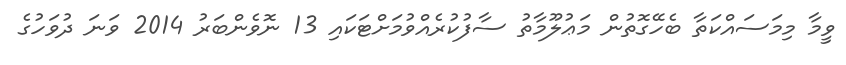
ވީމާ މިމަސައްކަތާ ބެހޭގޮތުން މަޢުލޫމާތު ސާފުކުރެއްވުމަށްޓަކައި 13 ނޮވެންބަރު 2014 ވަނަ ދުވަހުގެ